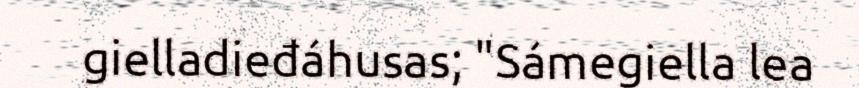
gielladieđáhusas; "Sámegiella lea